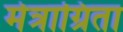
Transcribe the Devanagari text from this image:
मेत्राग्रिता